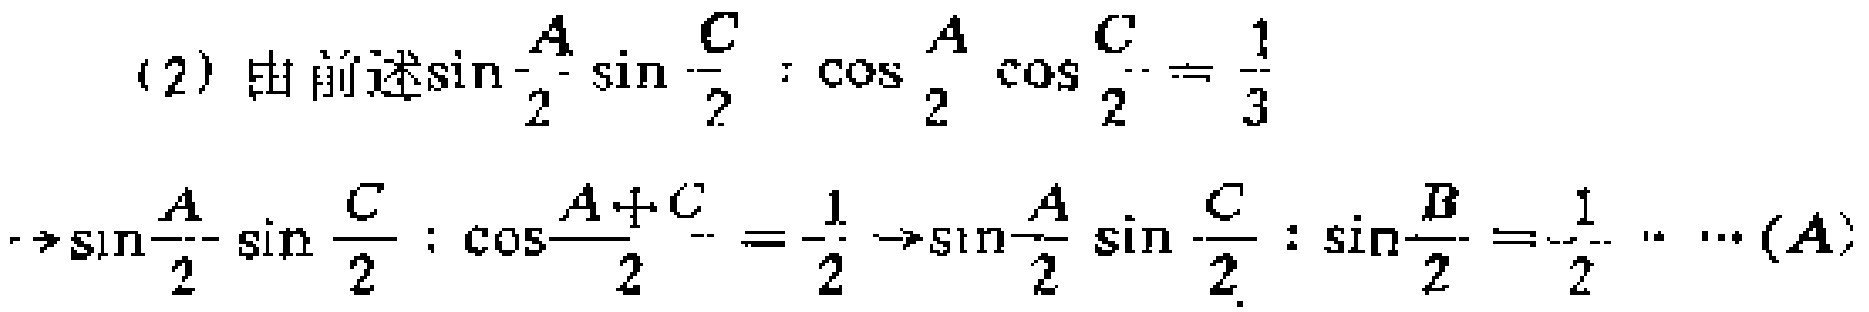
(2) 由前述$\sin\frac{A}{2}\sin\frac{C}{2}:\cos\frac{A}{2}\cos\frac{C}{2}=\frac{1}{3}$
$\to\sin\frac{A}{2}\sin\frac{C}{2}:\cos\frac{A + C}{2}=-\frac{1}{2}\to\sin\frac{A}{2}\sin\frac{C}{2}:\sin\frac{B}{2}=-\frac{1}{2}\cdots(A)$